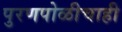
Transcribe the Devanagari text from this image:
पुरणपोळीचाही